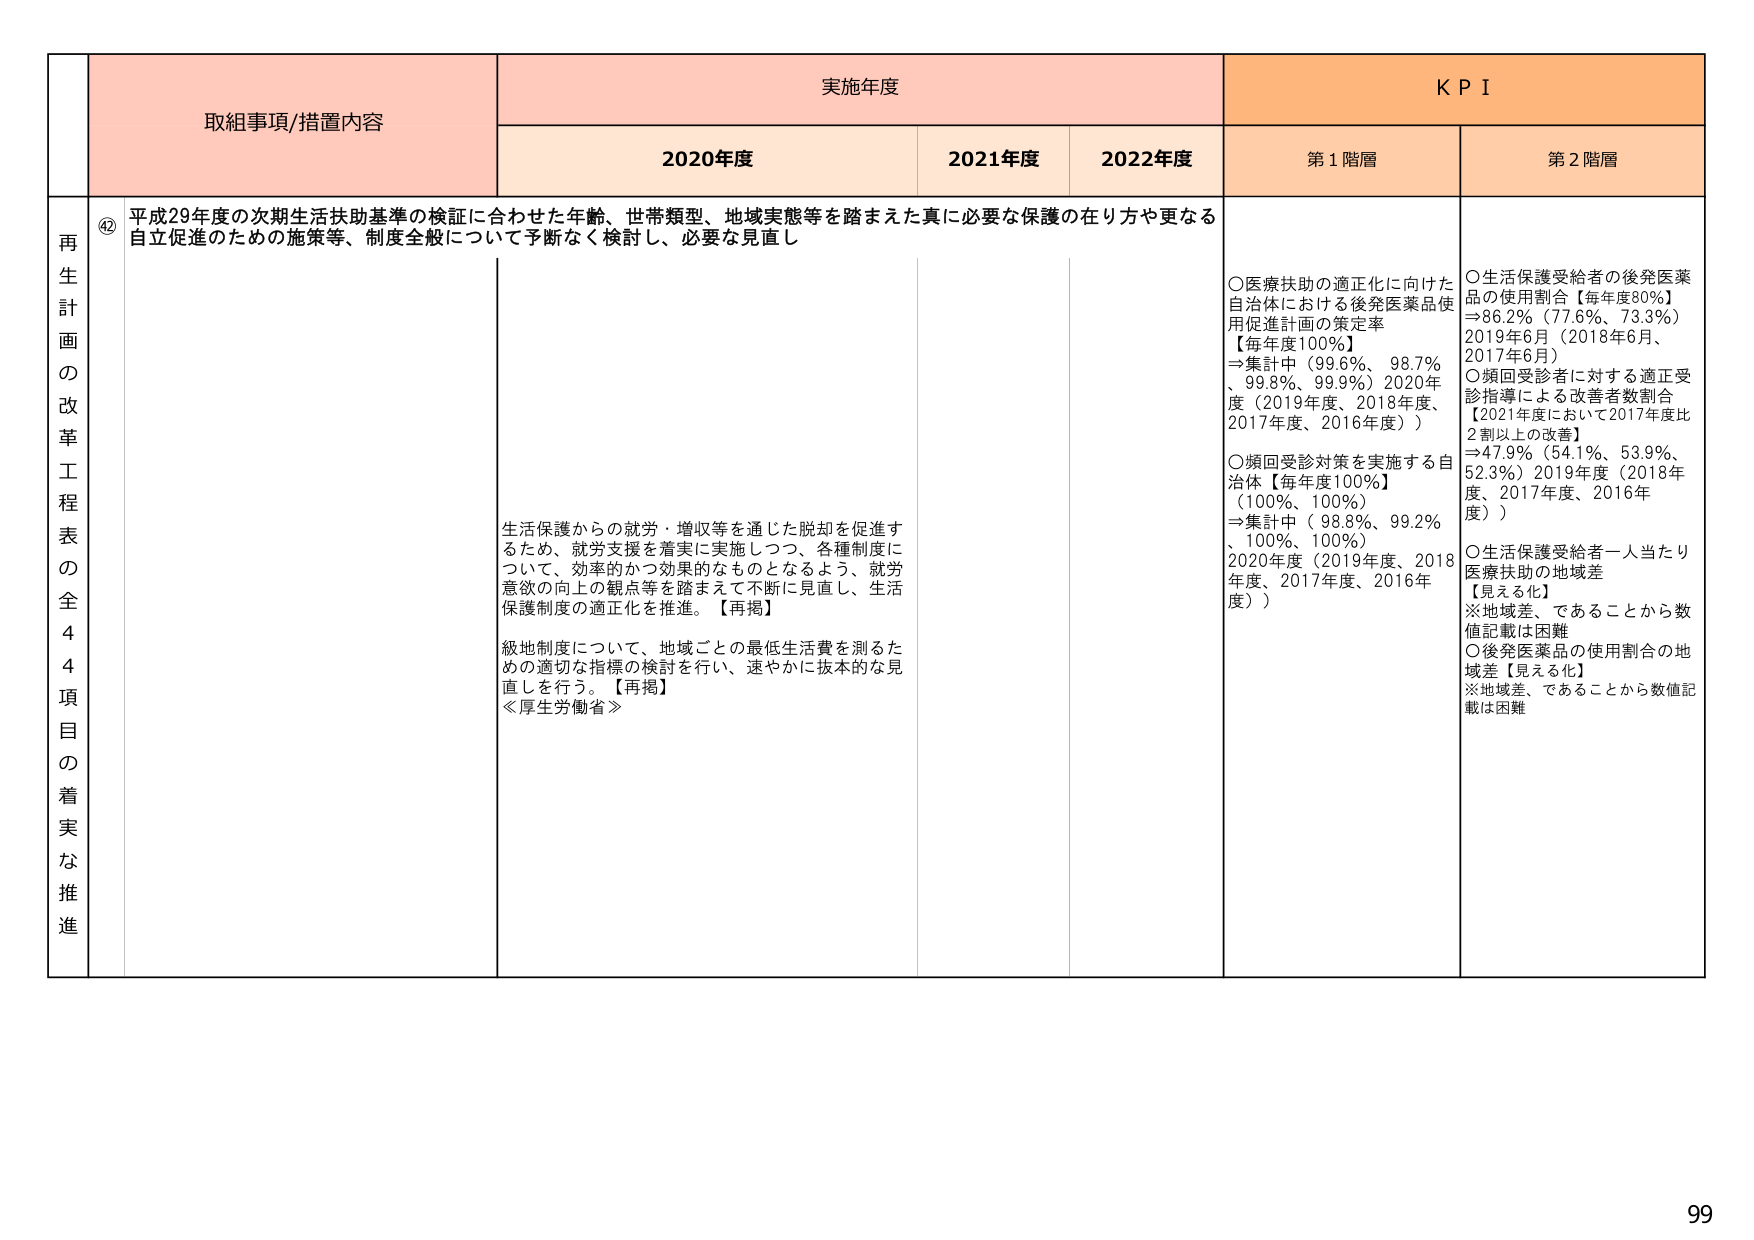
再
生
計
画
の
改
革
工
程
表
の
全
4
4
項
目
の
着
実
な
推
進

④2 平成29年度の次期生活扶助基準の検証に合わせた年齢、世帯類型、地域実態等を踏まえた真に必要な保護の在り方や更なる自立促進のための施策等、制度全般について予断なく検討し、必要な見直し

生活保護からの就労・増収等を通じた脱却を促進するため、就労支援を着実に実施しつつ、各種制度について、効率的かつ効果的なものとなるよう、就労意欲の向上の観点等を踏まえて不断に見直し、生活保護制度の適正化を推進。【再掲】

級地制度について、地域ごとの最低生活費を測るための適切な指標の検討を行い、速やかに抜本的な見直しを行う。【再掲】
≪厚生労働省≫

実施年度
2020年度
2021年度
2022年度

K P I
第1階層
第2階層

○医療扶助の適正化に向けた自治体における後発医薬品使用促進計画の策定率
【毎年度100%】
⇒集計中（99.6%、98.7%、99.8%、99.9%）2020年度（2019年度、2018年度、2017年度、2016年度））

○頻回受診対策を実施する自治体【毎年度100%】
（100%、100%）
⇒集計中（98.8%、99.2%、100%、100%）
2020年度（2019年度、2018年度、2017年度、2016年度））

○生活保護受給者の後発医薬品の使用割合【毎年度80%】
⇒86.2%（77.6%、73.3%）
2019年6月（2018年6月、2017年6月）

○頻回受診者に対する適正受診指導による改善者数割合
【2021年度において2017年度比2割以上の改善】
⇒47.9%（54.1%、53.9%、52.3%）2019年度（2018年度、2017年度、2016年度））

○生活保護受給者一人当たり医療扶助の地域差
【見える化】
※地域差、であることから数値記載は困難

○後発医薬品の使用割合の地域差【見える化】
※地域差、であることから数値記載は困難

99